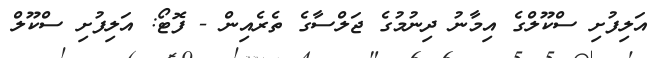
އަލިފުށި ސްކޫލްގެ އިމާނު ދިނުމުގެ ޖަލްސާގެ ތެރެއިން - ފޮޓޯ: އަލިފުށި ސްކޫލް